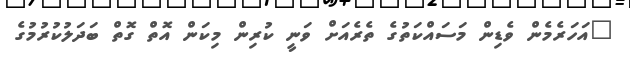
"އަހަރެމެން ވެޑިން މަސައްކަތުގެ ތެރެއަށް ވަނީ ކުރިން މިކަން އޮތް ގޮތް ބަދަލުކުރުމުގެ